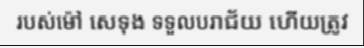
របស់ម៉ៅ សេទុង ទទួលបរាជ័យ ហើយត្រូវ